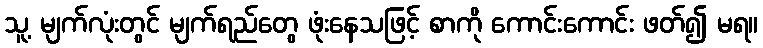
သူ့ မျက်လုံးတွင် မျက်ရည်တွေ ဖုံးနေသဖြင့် စာကို ကောင်းကောင်း ဖတ်၍ မရ။